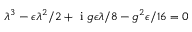
\lambda ^ { 3 } - \epsilon \lambda ^ { 2 } / 2 + \mathrm { ~ i ~ } g \epsilon \lambda / 8 - g ^ { 2 } \epsilon / 1 6 = 0